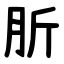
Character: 肵